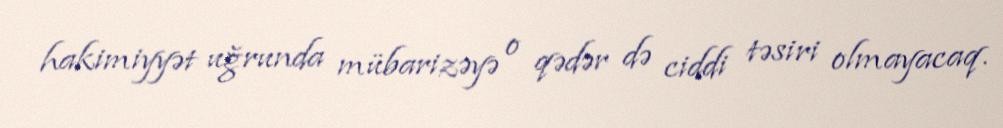
hakimiyyət uğrunda mübarizəyə o qədər də ciddi təsiri olmayacaq.